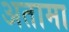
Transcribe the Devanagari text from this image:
अतामा